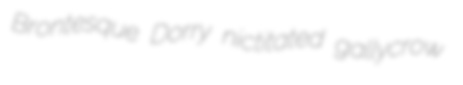
Brontesque Dorry nictitated gallycrow